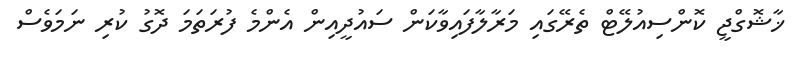
ޚާޝޮގްޖީ ކޮންސިއުލޭޓް ތެރޭގައި މަރާލާފައިވާކަން ސައުދީއިން އެންމެ ފުރަތަމަ ދޮގު ކުރި ނަމަވެސް